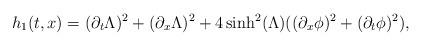
LaTeX: \begin{align*} h_1(t,x)= (\partial_t \Lambda)^2+ (\partial_x \Lambda)^2+4\sinh^2(\Lambda)((\partial_x \phi)^2+(\partial_t \phi)^2),\end{align*}